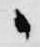
々